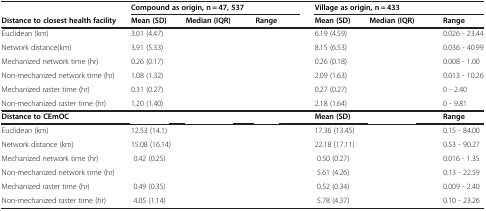
<table><thead><tr><td>[EMPTY_CELL]</td><td colspan="3"><b>Compound as origin, n = 47, 537</b></td><td colspan="3"><b>Village as origin, n = 433</b></td></tr><tr><td><b>Distance to closest health facility</b></td><td><b>Mean (SD)</b></td><td><b>Median (IQR)</b></td><td><b>Range</b></td><td><b>Mean (SD)</b></td><td><b>Median (IQR)</b></td><td><b>Range</b></td></tr></thead><tbody><tr><td>Euclidean (km)</td><td>3.01 (4.47)</td><td>[EMPTY_CELL]</td><td>[EMPTY_CELL]</td><td>6.19 (4.59)</td><td>[EMPTY_CELL]</td><td>0.026 - 23.44</td></tr><tr><td>Network distance(km)</td><td>3.91 (5.33)</td><td>[EMPTY_CELL]</td><td>[EMPTY_CELL]</td><td>8.15 (6.53)</td><td>[EMPTY_CELL]</td><td>0.036 - 40.99</td></tr><tr><td>Mechanized network time (hr)</td><td>0.26 (0.17)</td><td>[EMPTY_CELL]</td><td>[EMPTY_CELL]</td><td>0.26 (0.18)</td><td>[EMPTY_CELL]</td><td>0.008 - 1.00</td></tr><tr><td>Non-mechanized network time (hr)</td><td>1.08 (1.32)</td><td>[EMPTY_CELL]</td><td>[EMPTY_CELL]</td><td>2.09 (1.63)</td><td>[EMPTY_CELL]</td><td>0.013 - 10.26</td></tr><tr><td>Mechanized raster time (hr)</td><td>0.31 (0.27)</td><td>[EMPTY_CELL]</td><td>[EMPTY_CELL]</td><td>0.27 (0.27)</td><td>[EMPTY_CELL]</td><td>0 - 2.40</td></tr><tr><td>Non-mechanized raster time (hr)</td><td>1.20 (1.40)</td><td>[EMPTY_CELL]</td><td>[EMPTY_CELL]</td><td>2.18 (1.64)</td><td>[EMPTY_CELL]</td><td>0 - 9.81</td></tr><tr><td><b>Distance to CEmOC</b></td><td>[EMPTY_CELL]</td><td>[EMPTY_CELL]</td><td>[EMPTY_CELL]</td><td><b>Mean (SD)</b></td><td>[EMPTY_CELL]</td><td><b>Range</b></td></tr><tr><td>Euclidean (km)</td><td>12.53 (14.1)</td><td>[EMPTY_CELL]</td><td>[EMPTY_CELL]</td><td>17.36 (13.45)</td><td>[EMPTY_CELL]</td><td>0.15 - 84.00</td></tr><tr><td>Network distance (km)</td><td>15.08 (16.14)</td><td>[EMPTY_CELL]</td><td>[EMPTY_CELL]</td><td>22.18 (17.11)</td><td>[EMPTY_CELL]</td><td>0.53 - 90.27</td></tr><tr><td>Mechanized network time (hr)</td><td> 0.42 (0.25)</td><td>[EMPTY_CELL]</td><td>[EMPTY_CELL]</td><td> 0.50 (0.27)</td><td>[EMPTY_CELL]</td><td>0.016 - 1.35</td></tr><tr><td>Non-mechanized network time (hr)</td><td>[EMPTY_CELL]</td><td>[EMPTY_CELL]</td><td>[EMPTY_CELL]</td><td> 5.61 (4.26)</td><td>[EMPTY_CELL]</td><td>0.13 - 22.59</td></tr><tr><td>Mechanized raster time (hr)</td><td> 0.49 (0.35)</td><td>[EMPTY_CELL]</td><td>[EMPTY_CELL]</td><td> 0.52 (0.34)</td><td>[EMPTY_CELL]</td><td>0.009 - 2.40</td></tr><tr><td>Non-mechanized raster time (hr)</td><td> 4.05 (1.14)</td><td>[EMPTY_CELL]</td><td>[EMPTY_CELL]</td><td> 5.78 (4.37)</td><td>[EMPTY_CELL]</td><td>0.10 - 23.26</td></tr></tbody></table>